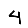
Digit: 4